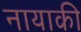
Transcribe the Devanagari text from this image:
नायाकी